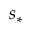
s _ { * }